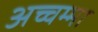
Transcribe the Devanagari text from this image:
अच्चम्मा